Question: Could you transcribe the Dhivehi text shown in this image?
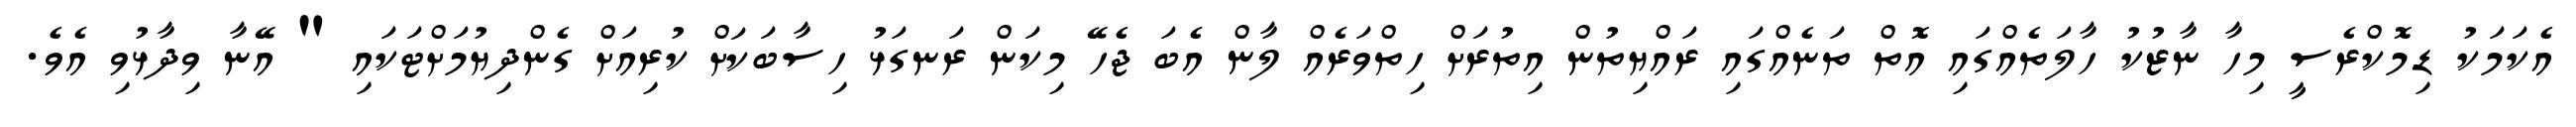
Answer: އެކަމަކު ޑިމޮކްރެސީ މިހާ ނާޒުކު ހާލަތެއްގައި އޮތް ތަނެއްގައި ރައްޔިތުން އިތުރަށް ހިތްވަރެއް ލާން އެބަ ޖެހޭ މިކަން ރަނގަޅު ހިސާބަކަށް ކުރިއަށް ގެންދިޔުމަށްޓަކައި " އޭނާ ވިދާޅުވި އެވެ.